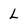
Character: L